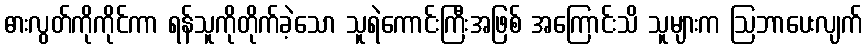
ဓားလွတ်ကိုကိုင်ကာ ရန်သူကိုတိုက်ခဲ့သော သူရဲကောင်းကြီးအဖြစ် အကြောင်းသိ သူများက ဩဘာပေးလျက်